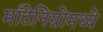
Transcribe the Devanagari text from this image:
माँटेनिग्रोमध्ये